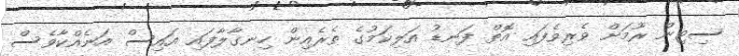
ސިޓިން ރޫމަށް ވެރިވެފައި އޮތް ފަނޑު އަލިކަމުގެ ތެރެއިން ހިނގާލާފައި އައިސް އަނެއްކާވެސް